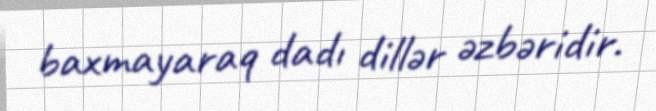
baxmayaraq dadı dillər əzbəridir.